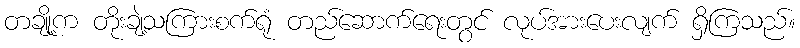
တချို့က တိုးချဲ့သကြားစက်ရုံ တည်ဆောက်ရေးတွင် လုပ်အားပေးလျက် ရှိကြသည်။